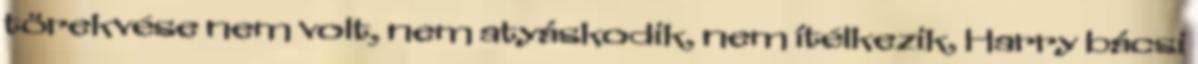
törekvése nem volt, nem atyáskodik, nem ítélkezik, Harry bácsi